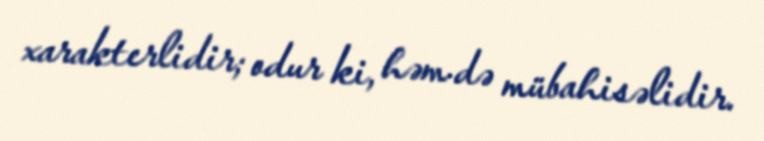
xarakterlidir; odur ki, həm də mübahisəlidir.